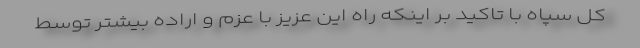
کل سپاه با تاکید بر اینکه راه این عزیز با عزم و اراده بیشتر توسط